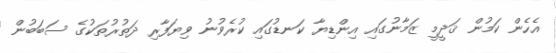
އެހެން ކަމުން ޤަދީމީ ޒަމާނުގައި އިންޑިޔާ ކަނޑުގައި ކުރެވުނު ވިޔަފާރި ދަތުރުތަކުގެ ސަބަބުން